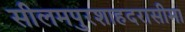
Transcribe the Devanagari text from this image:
सीलमपुरशाहदरासीमा